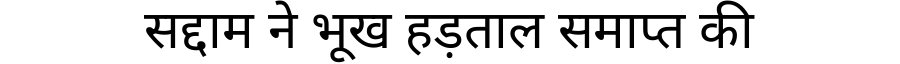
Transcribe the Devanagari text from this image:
सद्दाम ने भूख हड़ताल समाप्त की